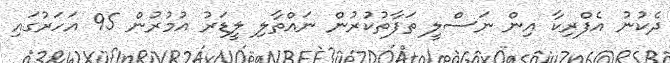
ދެކުނު އެފްރިކާ އިން ނަސްލީ ތަފާތުކުރުން ނައްތާލި ލީޑަރު އުމުރުން 95 އަހަރުގައި